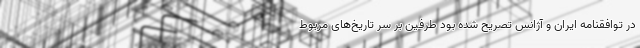
در توافقنامه ایران و آژانس تصریح شده بود طرفین بر سر تاریخ‌های مربوط